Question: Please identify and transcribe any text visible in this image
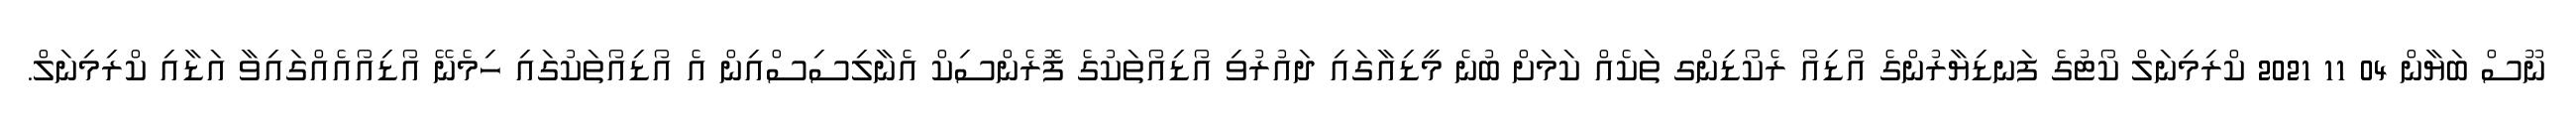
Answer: ނޫސް ބަޔާން 04 11 2021 ކްރިމިނަލް ކޯޓުގެ ފަނޑިޔާރުންގެ އޯޑިއޯ ރެކޯޑިންގ ތަކެއް ކަމަށް ބުނެ މީޑިއާގައި ދައުރުވި އޯޑިއޯތަކުގެ ފޮރެންސިކް އެނާލިސިސްއިން އެ އޯޑިއޯތަކުގައި ހިމެނޭ އޯޑިއޯއެއްގައިވާ އަޑާއި ކްރިމިނަލް.